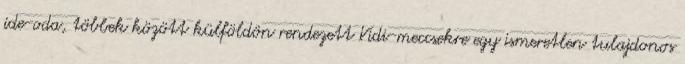
ide-oda, többek között külföldön rendezett Vidi-meccsekre egy ismeretlen tulajdonos